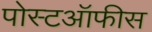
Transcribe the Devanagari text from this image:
पोस्टऑफीस